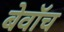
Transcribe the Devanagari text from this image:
बेवॉच